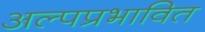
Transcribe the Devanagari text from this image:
अल्पप्रभावित